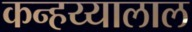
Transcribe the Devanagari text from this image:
कन्हय्यालाल